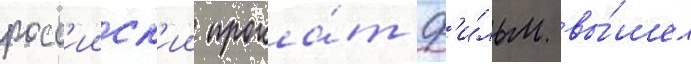
росс'ииск'ии прока́т ф'и́льм вы́шел